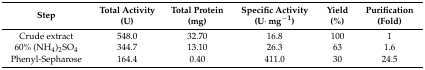
<table><thead><tr><td><b>Step</b></td><td><b>Total Activity (U)</b></td><td><b>Total Protein (mg)</b></td><td><b>Specific Activity (U·mg<sup>−1</sup>)</b></td><td><b>Yield (%)</b></td><td><b>Purification (Fold)</b></td></tr></thead><tbody><tr><td>Crude extract</td><td>548.0</td><td>32.70</td><td>16.8</td><td>100</td><td>1</td></tr><tr><td>60% (NH<sub>4</sub>)<sub>2</sub>SO<sub>4</sub></td><td>344.7</td><td>13.10</td><td>26.3</td><td>63</td><td>1.6</td></tr><tr><td>Phenyl-Sepharose</td><td>164.4</td><td>0.40</td><td>411.0</td><td>30</td><td>24.5</td></tr></tbody></table>